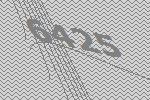
6425